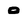
Character: 0